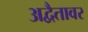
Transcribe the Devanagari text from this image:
अद्वैतावर